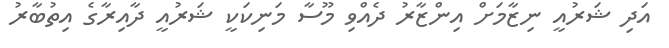
އަދި ޝަރުއީ ނިޒާމަށް އިންޒާރު ދެއްވި މޫސާ މަނިކަކީ ޝަރުއީ ދާއިރާގެ އިތުބާރު